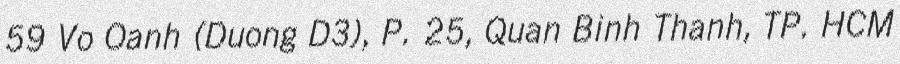
59 Vo Oanh (Duong D3), P. 25, Quan Binh Thanh, TP. HCM